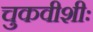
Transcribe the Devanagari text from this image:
चुकवीशीः